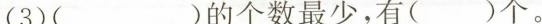
(3)()的个数最少，有()个。